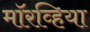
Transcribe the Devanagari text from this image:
मॉरव्हिया